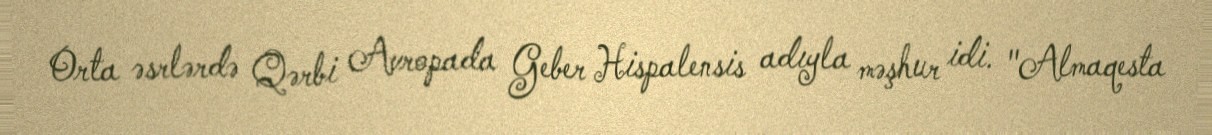
Orta əsrlərdə Qərbi Avropada Geber Hispalensis adıyla məşhur idi. "Almaqesta